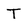
Character: T